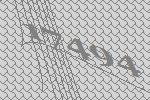
17494